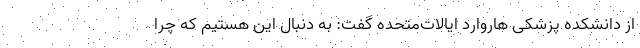
از دانشکده پزشکی هاروارد ایالات‌متحده گفت: به دنبال این هستیم که چرا